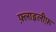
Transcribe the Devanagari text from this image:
फ़्लाइलीफ़